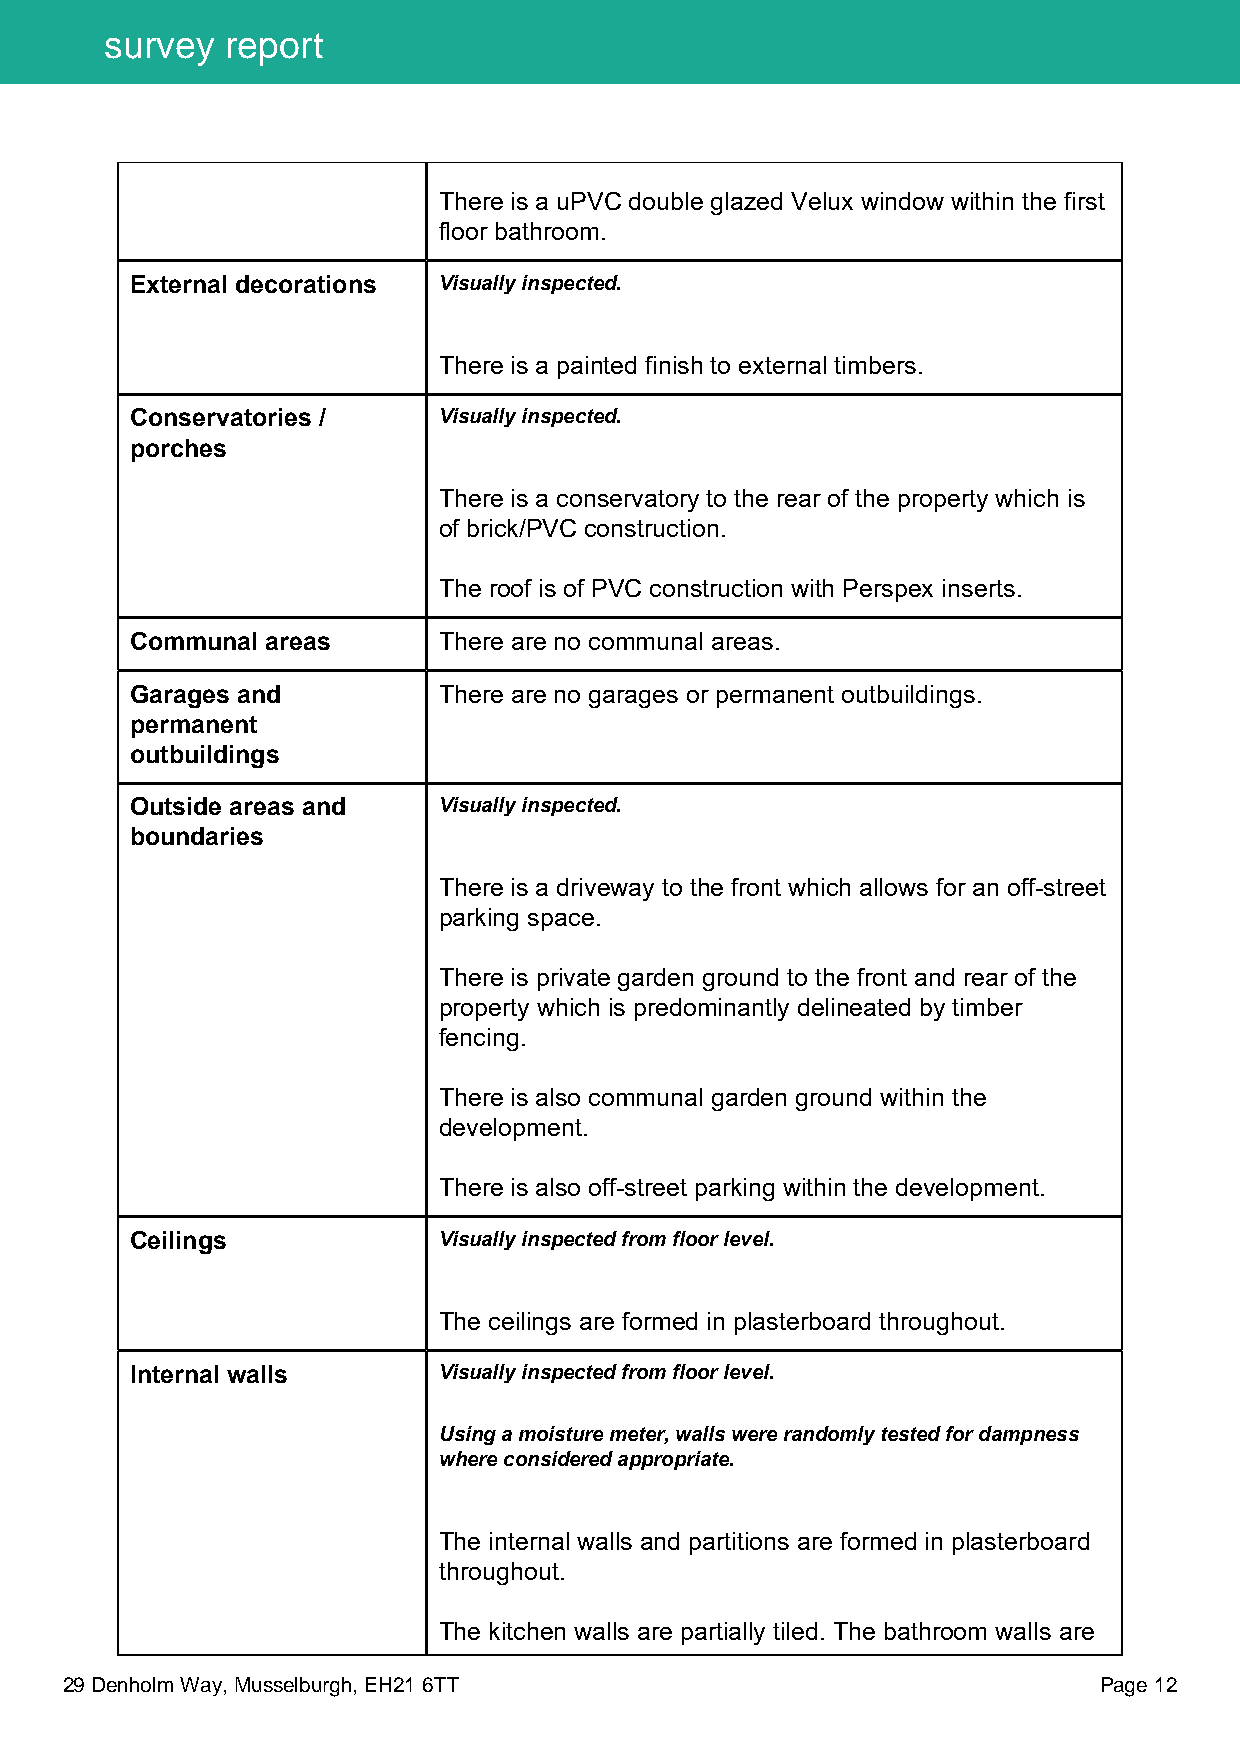
survey  report
 There is a uPVC double glazed Velux window within the first
 floor bathroom.
 External decorations Visually inspected.
 There is a painted finish to external timbers.
 Conservatories /    Visually inspected.
 porches
 There is a conservatory to the rear of the property which is
 of brick/PVC construction.
 The roof is of PVC construction with Perspex inserts.
 Communal areas      There are no communal areas.
 Garages and         There are no garages or permanent outbuildings.
 permanent
 outbuildings
 Outside areas and   Visually inspected.
 boundaries
 There is a driveway to the front which allows for an off-street
 parking space.
 There is private garden ground to the front and rear of the
 property which is predominantly delineated by timber
 fencing.
 There is also communal garden ground within the
 development.
 There is also off-street parking within the development.
 Ceilings            Visually inspected from floor level.
 The ceilings are formed in plasterboard throughout.
 Internal walls      Visually inspected from floor level.
 Using a moisture meter, walls were randomly tested for dampness
 where considered appropriate.
 The internal walls and partitions are formed in plasterboard
 throughout.
 The kitchen walls are partially tiled. The bathroom walls are
 29 Denholm Way, Musselburgh, EH21 6TT                                Page 12